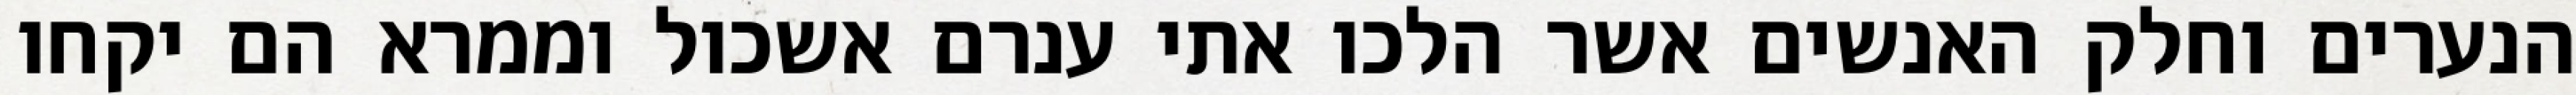
הנערים וחלק האנשים אשר הלכו אתי ענרם אשכול וממרא הם יקחו